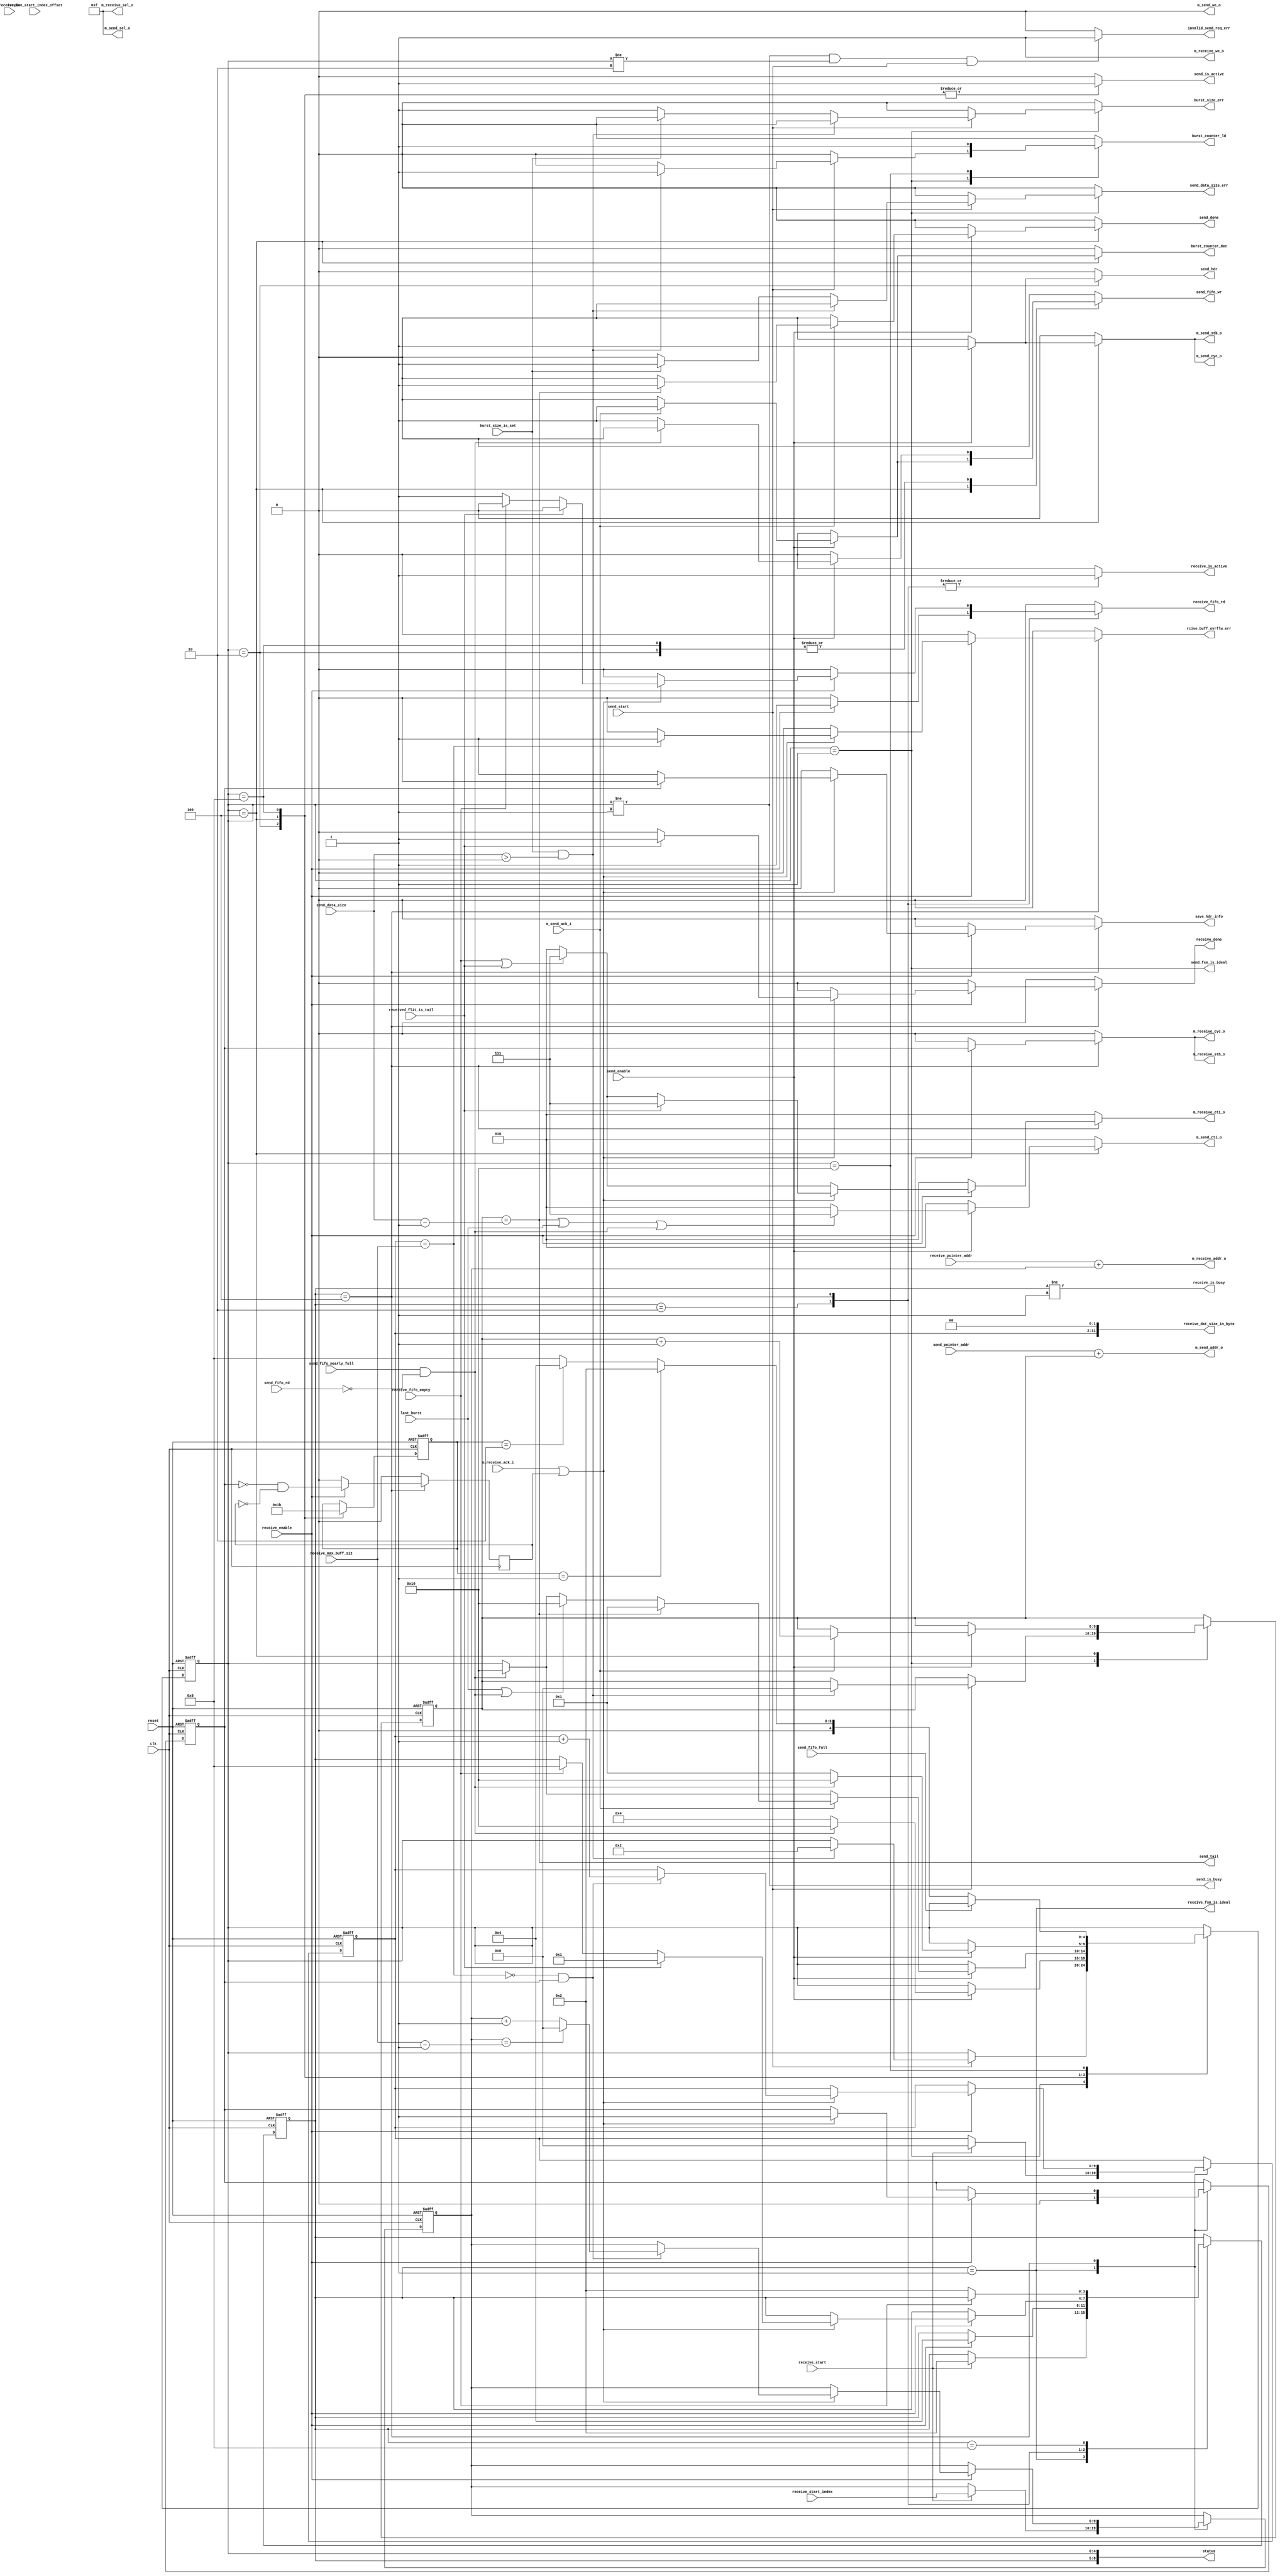

/**********************************************************************
**    
**	Copyright (C) 2014-2017  Alireza Monemi
**    
**	This file is part of ProNoC 
**
**	ProNoC ( stands for Prototype Network-on-chip)  is free software: 
**	you can redistribute it and/or modify it under the terms of the GNU
**	Lesser General Public License as published by the Free Software Foundation,
**	either version 2 of the License, or (at your option) any later version.
**
** 	ProNoC is distributed in the hope that it will be useful, but WITHOUT
** 	ANY WARRANTY; without even the implied warranty of MERCHANTABILITY
** 	or FITNESS FOR A PARTICULAR PURPOSE.  See the GNU Lesser General
** 	Public License for more details.
**
** 	You should have received a copy of the GNU Lesser General Public
** 	License along with ProNoC. If not, see <http:**www.gnu.org/licenses/>.
**
**
**	Description: 
**	NI send-/receive-DMA
**	
**
*******************************************************************/


// synthesis translate_off
`timescale 1ns / 1ps
// synthesis translate_on

 
 
module ni_vc_dma #(   
    parameter MAX_TRANSACTION_WIDTH = 10, // MAximum transaction size will be 2 power of MAX_DMA_TRANSACTION_WIDTH words 
    parameter CRC_EN = "NO",// "YES","NO" if CRC is enable then the CRC32 of all packet data is calculated and sent via tail flit. 
    parameter Fpay=32,
    parameter BYTE_EN = 0,
    //wishbone port parameters
    parameter Dw            =   32,
    parameter M_Aw          =   32,
    parameter TAGw          =   3,
    parameter SELw          =   4
)
(
    // 
    reset,
    clk,
    
    //ctrl signals
    send_enable,    
    send_is_busy,
    send_is_active,
    send_hdr,
    send_tail,
    send_done,
    send_fsm_is_ideal,
    send_pointer_addr, 
    send_data_size,
    send_start, 
    
    
    receive_enable,
    receive_is_busy,
    receive_is_active,   
    receive_done,
    receive_fsm_is_ideal,
    received_flit_is_tail,
    receive_pointer_addr,
    receive_start_index,
    receive_start_index_offset,
    receive_start,
    receive_dat_size_in_byte,
    receive_be,
    receive_max_buff_siz,
    
    
    last_burst,   
    status,
    save_hdr_info,    
      
   
    
    //fifo signals
        
    send_fifo_wr, 
    send_fifo_full,
    send_fifo_nearly_full,
    send_fifo_rd,    
    receive_fifo_rd,  
    receive_fifo_empty,
    
    //busrdt counter control signals
    burst_counter_ld,
    burst_counter_dec,
    burst_size_is_set,
    
    //errors
    burst_size_err,
    send_data_size_err,
    rcive_buff_ovrflw_err, 
    invalid_send_req_err,
   
    //wishbone master rd interface signals
    m_send_sel_o,
    m_send_addr_o,
    m_send_cti_o,
    m_send_stb_o,
    m_send_cyc_o,
    m_send_we_o,
  //  m_send_dat_i,
    m_send_ack_i,    


     //wishbone master wr interface signals
     
    m_receive_sel_o,
   // m_receive_dat_o,
    m_receive_addr_o,
    m_receive_cti_o,
    m_receive_stb_o,
    m_receive_cyc_o,
    m_receive_we_o,
    m_receive_ack_i  
     
  
    

);


    function integer log2;
      input integer number; begin   
         log2=(number <=1) ? 1: 0;    
         while(2**log2<number) begin    
            log2=log2+1;    
         end       
      end   
    endfunction // log2  
         
        
    //state machine registers/parameters
    localparam
        SEND_ST_NUM=5,
        RECEIVE_ST_NUM=4;
        
    localparam [SEND_ST_NUM-1 :   0]
        SEND_IDEAL = 1,
        SEND_HDR=2,
        SEND_BODY =4,
        SEND_CRC=8,
        SEND_WAIT=16;    
        
        
    localparam [RECEIVE_ST_NUM-1:0]
        RECEIVE_IDEAL = 1,
        RECEIVE_READ_FIFO=2,
        RECEIVE_ACTIVE =4,
        RECEIVE_RELEASE_WB=8;  
    
    localparam [2 : 0]
        CLASSIC = 3'b000,
        CONST_ADDR_BURST = 3'b010,
        INCREMENT_BURST = 3'b011,
        END_OF_BURST = 3'b111;
     
       
        
      //control Registers/ parameters 
    
   

    localparam 
        STATUSw=SEND_ST_NUM+RECEIVE_ST_NUM,
        MAX_PCK_SIZE_IN_BYTE = MAX_TRANSACTION_WIDTH + log2(Fpay/8),
        OFFSETw= log2(Fpay/8),
        BEw = (BYTE_EN)? log2(Fpay/8) : 1; 
   
    output  [STATUSw-1  :0] status;  


    input reset,clk,send_enable,receive_enable;
    output  send_is_busy, receive_is_busy;
    output reg burst_counter_ld,    burst_counter_dec;
    input burst_size_is_set;
    input last_burst;
    output reg  send_hdr;
    output reg  send_done,receive_done;    
    
    output send_tail;
    output reg send_is_active, receive_is_active;
    input received_flit_is_tail;
  
    
    output reg save_hdr_info;
   
    output send_fsm_is_ideal,receive_fsm_is_ideal;
    input  [Dw-1   :   0] send_pointer_addr; 
    input  [Dw-1   :   0] receive_pointer_addr;
    input [MAX_TRANSACTION_WIDTH-1    :   0] receive_start_index;
    input [OFFSETw-1 : 0] receive_start_index_offset;
    
    input  [MAX_TRANSACTION_WIDTH-1    :   0] send_data_size;
    input  [MAX_TRANSACTION_WIDTH-1    :   0] receive_max_buff_siz;
    output [MAX_PCK_SIZE_IN_BYTE-1     :   0] receive_dat_size_in_byte;  
    
    input  send_start, receive_start;    
    input [BEw-1 : 0] receive_be;
    
    //fifo
    output reg  send_fifo_wr, receive_fifo_rd;
    input       send_fifo_full, send_fifo_nearly_full,send_fifo_rd, receive_fifo_empty;
    
   //errors 
  
    output reg burst_size_err;
    output reg send_data_size_err;
    output reg rcive_buff_ovrflw_err; 
    output reg invalid_send_req_err;
  
    
    //wishbone read master interface signals
    output  [SELw-1          :   0] m_send_sel_o;
    output  [M_Aw-1          :   0] m_send_addr_o;
    output reg [TAGw-1       :   0] m_send_cti_o;
    output                          m_send_stb_o;
    output   reg                    m_send_cyc_o;
    output                          m_send_we_o;
   // input   [Dw-1           :  0]   m_send_dat_i;
    input                           m_send_ack_i;    
     
     //wishbone write master interface signals
    output  [SELw-1          :   0] m_receive_sel_o;
  //  output  [Dw-1            :   0] m_receive_dat_o;
    output  [M_Aw-1          :   0] m_receive_addr_o;
    output  reg [TAGw-1      :   0] m_receive_cti_o;
    output                          m_receive_stb_o;
    output  reg                     m_receive_cyc_o;
    output                          m_receive_we_o;
    input                           m_receive_ack_i;   
    
    
    reg [MAX_TRANSACTION_WIDTH-1    :   0] send_counter, send_counter_next;
    reg [MAX_TRANSACTION_WIDTH-1    :   0] receive_counter_next;    
    reg [MAX_TRANSACTION_WIDTH-1    :   0] receive_index,receive_index_next ;      
    reg [MAX_TRANSACTION_WIDTH-1    :   0] receive_counter;   
    reg hdr_flit_is_received,hdr_flit_is_received_next;   
       
    wire last_data = (send_counter == send_data_size-1'b1);
   
    wire receive_overflow= (receive_counter == receive_max_buff_siz);    
    
    reg [SEND_ST_NUM-1    :0] send_ps,send_ns; // read  peresent state, read next sate 
    reg [RECEIVE_ST_NUM-1    :0] receive_ps,receive_ns; // read  peresent state, read next sate
    
    //reg receive_is_busy_next, send_is_busy_next;
   
   
    assign status= {receive_ps,send_ps};
   // assign s_dat_o={{(Dw-STATUSw){1'b0}}, status};
   
    reg  send_crc; 
    
    /* verilator lint_off WIDTH */ 
    assign send_tail =  ( CRC_EN == "NO") ?  last_data : send_crc; 
    /* verilator lint_on WIDTH */  
    
    
    assign send_fsm_is_ideal = (send_ps== SEND_IDEAL);
    assign receive_fsm_is_ideal = (receive_ps== RECEIVE_IDEAL);
    /* verilator lint_off WIDTH */ 
    assign m_send_addr_o =  send_pointer_addr  + send_counter;
    //assign m_receive_addr_o =  receive_pointer_addr  + receive_counter;
    assign m_receive_addr_o =  receive_pointer_addr  + receive_index;
    
    
     /* verilator lint_on WIDTH */  
    assign m_send_stb_o =  m_send_cyc_o;
    assign m_receive_stb_o =  m_receive_cyc_o;
    assign m_receive_we_o = 1'b1;
    assign m_send_we_o = 1'b0;
    
    assign m_send_sel_o = {SELw{1'b1}};
 
   

 generate   
 if(BYTE_EN)begin:be 
    wire [OFFSETw:0] byte2 = (receive_be==0)? (1<<OFFSETw) : {1'b0,receive_be}; 
    wire [OFFSETw:0] byte1 = byte2 - {1'b0,receive_start_index_offset}; 
   
    reg  [MAX_PCK_SIZE_IN_BYTE-1     :   0] receive_size_cal;
    always @(*)begin 
        receive_size_cal={MAX_PCK_SIZE_IN_BYTE{1'b0}};
        if (receive_counter==1)begin 
            receive_size_cal [OFFSETw:0]= byte1;
        end else begin 
            /* verilator lint_off WIDTH */ 
            receive_size_cal = (((receive_counter-1'b1)<<OFFSETw)+byte2)-receive_start_index_offset;        
            /* verilator lint_on WIDTH */ 
        end
    end
    assign receive_dat_size_in_byte= receive_size_cal;
      
   /*************
    *  sel generator  
    * ***********/
      wire [SELw-1 : 0]  first_flit_sel,last_flit_sel,first_flit_sel_not;  
    
     little_endian_sel_gen #(
     	.SELw(SELw),
     	.BEw(BEw)
     )
     last_sel_gen
     (
     	.byte_location(receive_be),
     	.sel(last_flit_sel)
     	
     );
     
        
    little_endian_sel_gen #(
        .SELw(SELw),
        .BEw(BEw)
     )
     first_sel_gen
     (
        .byte_location(receive_start_index_offset),
        .sel(first_flit_sel_not)
        
     );

     assign first_flit_sel =(receive_start_index_offset==0)?{SELw{1'b1}}:   ~first_flit_sel_not;
      
    reg  [SELw-1 : 0] receive_sel;
    wire recive_first_word= (receive_counter == 0);  
       
    always @(*) begin 
        receive_sel = {SELw{1'b1}}; // default all byte enable bits are set. It may changed only for tail flit
        
        if(recive_first_word & received_flit_is_tail) begin 
             receive_sel=  first_flit_sel & last_flit_sel;
        end else  if(recive_first_word )begin 
            receive_sel=  first_flit_sel;
        end else  if (received_flit_is_tail) begin
            receive_sel=  last_flit_sel;
        end
    end
   

      assign m_receive_sel_o  = (hdr_flit_is_received)? receive_sel: {SELw{1'b0}};
        
   
 end else begin: nbe
     assign receive_dat_size_in_byte= (receive_counter<< OFFSETw );  
     assign m_receive_sel_o = {SELw{1'b1}};   
 end     
 endgenerate 
 

  
   
 
    
    
 
    reg [1:0] active_st,active_st_next;
     //send state machine
    always @ (*) begin 
        // default values 
        send_ns = send_ps;
        send_counter_next=send_counter;
        burst_counter_ld=1'b0;
        burst_counter_dec=1'b0;
        m_send_cti_o =  CONST_ADDR_BURST;
        m_send_cyc_o=1'b0;
        send_fifo_wr=1'b0;
        send_done = 1'b0;
        send_is_active =1'b0;
        send_hdr = 1'b0;
        send_crc = 1'b0; 
        active_st_next = active_st;
      
        burst_size_err=1'b0;
        send_data_size_err=1'b0;
        invalid_send_req_err = 1'b0;
        
        // the send req must be asserted only when the Ni_send_DMA(v) is in ideal status  
        if( (send_ps != SEND_IDEAL && send_ps != SEND_HDR) & send_start) invalid_send_req_err=1'b1; 
              
        case(send_ps)
            SEND_IDEAL: begin 
                if(send_start) begin 
                    if (burst_size_is_set && (send_data_size>0)) begin 
                        send_counter_next= {MAX_TRANSACTION_WIDTH{1'b0}};
                        burst_counter_ld=1'b1;
                        send_ns = SEND_HDR;
                    end else begin // set error reg
                        if(!burst_size_is_set) burst_size_err=1'b1;
                        else send_data_size_err=1'b1; 
                    end
                end
            end // SEND_IDEAL
            SEND_HDR: begin 
                    active_st_next =2'd1;
                    send_is_active =1'b1; // this signal sends request to the send_arbiter, the granted signal is send_enable
                    if(send_enable) begin 
                        send_hdr = 1'b1;                                             
                        if(send_fifo_nearly_full & !send_fifo_rd)  begin
                            send_ns =  SEND_WAIT; 
                        end else begin 
                            send_fifo_wr=1'b1;
                            send_ns =  SEND_BODY;                                                     
                        end
                    end
                         
            end // SEND_ACTIVE
            
                
            SEND_BODY: begin 
                    active_st_next =2'd2;
                    send_is_active =1'b1; // this signal sends request to the send_arbiter, the granted signal is send_enable
                    if(send_enable) begin 
                        m_send_cyc_o=1'b1; 
                        
                        if(last_data |  last_burst | (send_fifo_nearly_full & !send_fifo_rd))  m_send_cti_o= END_OF_BURST;  
                        if(send_fifo_nearly_full & !send_fifo_rd)  send_ns =  SEND_WAIT;
                               
                                
                        if (m_send_ack_i) begin 
                                send_fifo_wr=1'b1;
                                send_counter_next=send_counter +1'b1;
                                burst_counter_dec=1'b1;
                                                                    
                                if(last_data) begin 
                                    send_ns = ( CRC_EN == "NO") ? SEND_IDEAL : SEND_CRC;
                                  send_done = 1'b1;
                                  
                                end else if (last_burst | (send_fifo_nearly_full & !send_fifo_rd)) begin 
                                  send_ns = SEND_WAIT;
                                 
                                end 
                        end 
                    end
                         
            end // SEND_BODY
            
          SEND_CRC: begin 
                    active_st_next =2'd3;
                    send_is_active =1'b1; // this signal sends request to the send_arbiter, the granted signal is send_enable
                    if(send_enable) begin 
                        send_crc = 1'b1;                                             
                        if(send_fifo_nearly_full & !send_fifo_rd)  begin
                                send_ns =  SEND_WAIT;  
                        end else begin 
                                send_fifo_wr=1'b1;
                                send_ns =  SEND_IDEAL;
                                                      
                        end
                    end
                         
            end // SEND_ACTIVE
            
            
            
            
            
             SEND_WAIT: begin 
                    //burst_counter_next = burst_size;
                     
                burst_counter_ld=1'b1;
                if(!send_fifo_full) begin 
                        send_ns = ( active_st ==2'd1) ? SEND_HDR :
                                  ( active_st ==2'd2) ? SEND_BODY : SEND_CRC;
                end
                
            end //SEND_RELEASE_WB
            default: begin
                    
                    
            end
       endcase      
    end//alays
    
   reg header_ack,header_ack_next; 
   always @(posedge clk) header_ack<= header_ack_next;
   
 
 //receive state machine    
    always @ (*) begin 
        // default values 
        receive_ns = receive_ps;
        receive_counter_next=receive_counter;
        receive_index_next = receive_index;
        m_receive_cyc_o=1'b0;
        m_receive_cti_o= CONST_ADDR_BURST;
        receive_fifo_rd=1'b0;
        receive_done=1'b0;
        receive_is_active =1'b0;
        hdr_flit_is_received_next=hdr_flit_is_received;
        save_hdr_info=1'b0;
        rcive_buff_ovrflw_err=1'b0;
        header_ack_next=1'b0;
            case(receive_ps)
                RECEIVE_IDEAL: begin 
                    
                    hdr_flit_is_received_next =1'b0;                
                    if(receive_start )begin 
                        receive_counter_next = {MAX_TRANSACTION_WIDTH{1'b0}};  
                        receive_index_next = receive_start_index;    
                        receive_ns = RECEIVE_READ_FIFO;                         
                    end 
                    
                end // RECEIVE_IDEAL
                RECEIVE_READ_FIFO: begin 
                     receive_is_active =1'b1; // this signal sends request to the receive_arbiter, the granted signal is receive_enable
                     if(receive_enable) begin 
                          receive_ns = RECEIVE_ACTIVE; 
                          receive_fifo_rd=1'b1;
                    end
                end
                
               
                
                
                
                RECEIVE_ACTIVE: begin 
                     receive_is_active =1'b1; // this signal sends request to the receive_arbiter, the granted signal is receive_enable
                     if(receive_enable) begin                      
                     /* verilator lint_off WIDTH */ 
  //                          if(CRC_EN == "YES")begin 
                    /* verilator lint_on WIDTH */                             
  //                              if(received_flit_is_tail)begin 
  //                                  m_receive_cyc_o = 1'b0;// make sure do not save crc on data memory
  //                                  receive_ns = RECEIVE_IDEAL;
  //                                  m_receive_cti_o= END_OF_BURST;
  //                                  receive_done=1'b1;  
  //                              end else begin 
  //                                  m_receive_cyc_o=1'b1; 
   //                             end
  //                          end else  
                            m_receive_cyc_o =  hdr_flit_is_received;
                            header_ack_next = !hdr_flit_is_received & (header_ack == 1'b0) ;
                         
                                  
                            
                            if (receive_fifo_empty | received_flit_is_tail) begin 
                                m_receive_cti_o= END_OF_BURST;                             
                            end
                            
                            
                            if (m_receive_ack_i | header_ack) begin 
                                hdr_flit_is_received_next=1'b1;
                                if(! hdr_flit_is_received) save_hdr_info=1'b1;
                                if(! receive_overflow && hdr_flit_is_received) begin 
                                    receive_counter_next=receive_counter +1'b1; //Donot save hedaer flit in memory
                                    receive_index_next = (receive_index==receive_max_buff_siz-1'b1)? {MAX_TRANSACTION_WIDTH{1'b0}}:receive_index+1'b1;
                                end
                                if( receive_overflow)  rcive_buff_ovrflw_err = 1'b1;//set error  
                                if (received_flit_is_tail) begin 
                                    receive_ns = RECEIVE_IDEAL;
                                    m_receive_cti_o= END_OF_BURST; 
                                    receive_done=1'b1; 
                                end
                                else if (receive_fifo_empty) begin 
                                    receive_ns = RECEIVE_RELEASE_WB; 
                                   
                                end else begin 
                                    receive_fifo_rd=1'b1;
                                end                 
                            end 
                     end               
                end // RECEIVE_ACTIVE
               RECEIVE_RELEASE_WB: begin 
                    if (! receive_fifo_empty) begin 
                                    receive_ns = RECEIVE_READ_FIFO;                                    
                    end                
                end //RELEASE_WB                
                default: begin
                    
                    
                    end
            endcase
       
    end//alays
    
 /*         
    always @(*)begin 
        send_is_busy_next= send_is_busy;
        if(send_start) send_is_busy_next =1'b1;
        else if(send_done) send_is_busy_next=1'b0;
    end
 */   
    assign send_is_busy = (send_ps != SEND_IDEAL);
    assign receive_is_busy =  (receive_ps != RECEIVE_IDEAL);
    
   /*
     always @(*)begin 
        receive_is_busy_next= receive_is_busy;
        if(receive_done) receive_is_busy_next =1'b0;
        else if(receive_start) receive_is_busy_next=1'b1;
    end
   */
   
    
    
    //registers assigmnet
    
`ifdef SYNC_RESET_MODE 
    always @ (posedge clk )begin 
`else 
    always @ (posedge clk or posedge reset)begin 
`endif   
        if(reset) begin 
            send_ps <= SEND_IDEAL;
            receive_ps <= RECEIVE_IDEAL;
            send_counter <=  {MAX_TRANSACTION_WIDTH{1'b0}};
            receive_counter <=   {MAX_TRANSACTION_WIDTH{1'b0}}; 
            receive_index<= {MAX_TRANSACTION_WIDTH{1'b0}}; 
            hdr_flit_is_received<=1'b0;
            active_st <= 2'd0;
             
        end else begin 
     
            send_ps <= send_ns;
            receive_ps <= receive_ns;
            send_counter <=  send_counter_next;
            receive_counter <=  receive_counter_next; 
            receive_index<=receive_index_next;
            hdr_flit_is_received<=hdr_flit_is_received_next;
            active_st <= active_st_next;          
        end 
    end 
    
    
    
/*
    dma_fifo  #(
         .Dw(Dw),//data_width
         .B(B) // buffer num
    ) 
    the_fifo
    (
         .din(m_send_dat_i),   
         .receive_en(send_fifo_wr), 
         .send_en(fifo_rd), 
         .dout(m_receive_dat_o),  
         .full(send_fifo_full),
         .nearly_full(send_fifo_nearly_full),
         .empty(receive_fifo_empty),
         .reset(reset),
         .clk(clk)
    );
*/
 


endmodule


module  little_endian_sel_gen #(
    parameter SELw=4,
    parameter BEw=2
)(
    byte_location,
    sel
);
    
     localparam BE_ONEHOTw= 2**BEw;
     
     output [SELw-1 : 0]  sel;  
     input  [BEw-1 :  0]  byte_location;

     wire [SELw-1 : 0]  sel_gen;  
     wire [BE_ONEHOTw-1 : 0] one_hot_code,sel_reversed;
  
      bin_to_one_hot #(
        .BIN_WIDTH(BEw),
        .ONE_HOT_WIDTH(BE_ONEHOTw)
      )
      be_cnv
      (
        .bin_code(byte_location),
        .one_hot_code(one_hot_code)
      );
  
    assign sel_reversed = one_hot_code-1'b1;
   
   genvar i;
   generate
    for (i=0; i<BE_ONEHOTw; i=i+1)begin :ff
        assign sel_gen[i] = sel_reversed[BE_ONEHOTw-i-1];
     //assign tail_flit_sel[i] = sel_reversed[i];
    end//for  
   endgenerate   
   assign sel= (byte_location == {BEw{1'b0}})? {SELw{1'b1}} : sel_gen;

endmodule